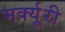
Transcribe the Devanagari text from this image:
मर्क्यूरी